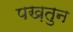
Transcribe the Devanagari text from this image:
पख़तुन